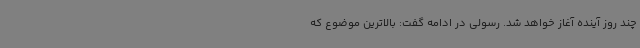
چند روز آینده آغاز خواهد شد. رسولی در ادامه گفت: بالاترین موضوع که